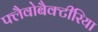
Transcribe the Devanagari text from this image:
फ्लैवोबैक्टीरिया